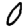
Digit: 0